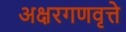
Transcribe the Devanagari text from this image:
अक्षरगणवृत्ते